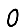
Digit: 0